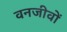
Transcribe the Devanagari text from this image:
वनजीवों